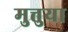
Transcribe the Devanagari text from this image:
मुत्तुया